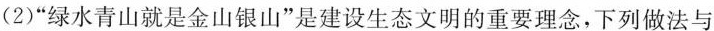
(2)”绿水青山就是金山银山”是建设生态文明的重要理念，下列做法与